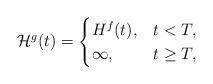
LaTeX: \begin{align*}\mathcal{H}^g(t)= \begin{cases}H^f(t), &t< T,\\\infty, &t \geq T,\end{cases}\end{align*}